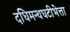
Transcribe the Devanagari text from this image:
दधिमन्थघटीभेत्ता